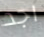
اجد